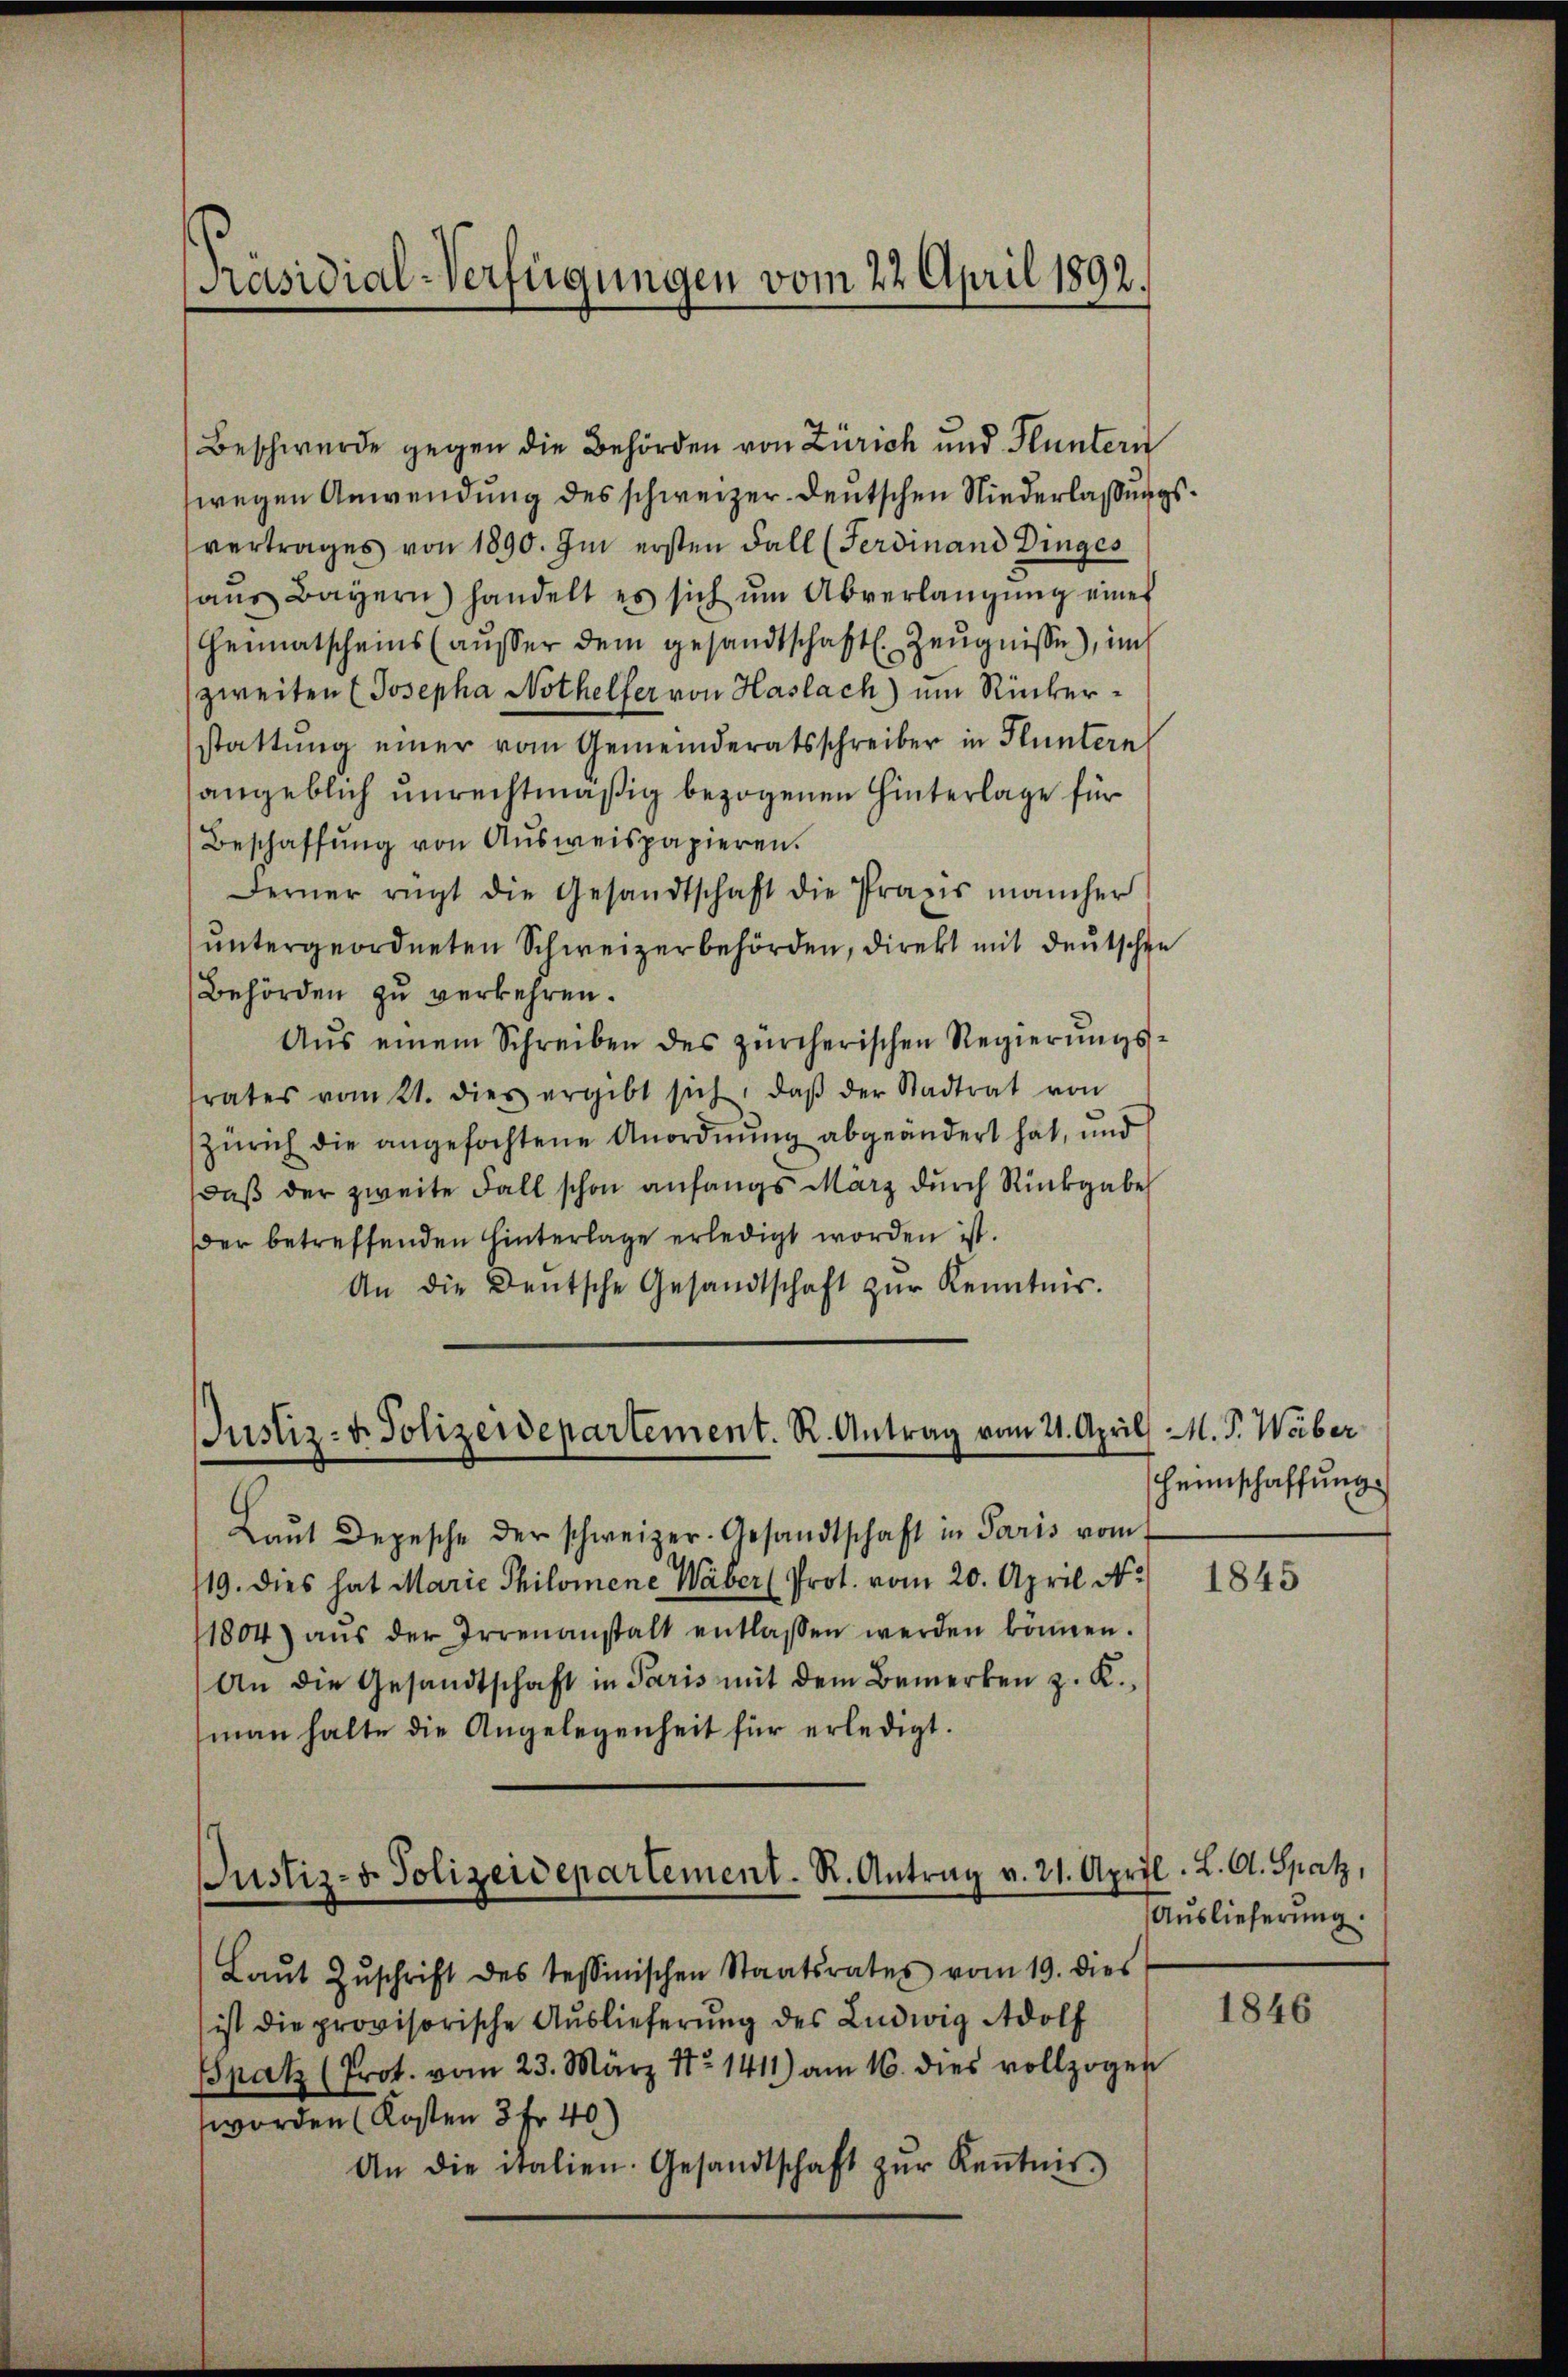
[Präsidial-Verfügungen vom 22. April 1892.

Beschwerde gegen die Behörden von Zürich und Fluntern
wegen Anwendung des schweizer- deutschen Niederlaßungsvertrages von 1890. Im ersten Fall (Ferdinand Dinges
aŭs Bayern) handelt es sich ŭm Abverlangŭng eines
Heimatscheins (ausser dem gesandtschaftl. Zeugnisse), im
zweiten Josepha Nothelfer von Haslach) ein Rükerstattung einer vom Gemeinderatsschreiber in Fluntern
angeblich unrechtmäßig bezogenen Hinterlage für
Beschaffŭng von Aŭsweispapieren.
Ferner rügt die Gesandtschaft die Praxis mancher
untergeordneten Schweizerbehörden, direkt mit deutschen
Behörden zu verkehren.
Aŭs einem Schreiben des zürcherischen Regierŭngs-
rates vom 21. dies ergibt sich, daβ der Stadtrat von
Zürich die angefochtene Anordnung abgeändert hat, und
daß der zweite Fall schon anfangs März durch Rückgabe
der betreffenden hinterlage erledigt worden ist.
An die Deutsche Gesandtschaft zŭr Kenntnis.

Justiz- u. Polizeidepartement. R. Antrag vom 21. April

Laŭt Depesche der schweizer-Gesandtschaft in Paris vom
19. dies hat Marie Philomene Waber (Prot. vom 20. April N.
11804 aŭs der Irrenanstalt entlassen werden können.
An die Gesandtschaft in Paris mit dem Bemerken z. K.,
man halte die Angelegenheit für erledigt.
Laŭt Zŭschrift des tessinischen Staatsrates vom 19. dies
ist die provisorische Auslieferŭng des Ludwig Adolf
Bpatz (Prot. vom 23. März 18 1411) am 16. dies vollzogen
worden (Kosten 3 Fr. 40)
An die italien. Gesandtschaft zŭr Keṅtnis

Justiz- & Polizeidepartement. R. Antrag v. 21. April. L. A. Spatz,

M. P. Weber
Heimschaffung.

1845

Auslieferung.

1846